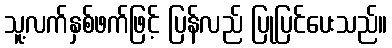
သူ့လက်နှစ်ဖက်ဖြင့် ပြန်လည် ပြုပြင်ပေးသည်။